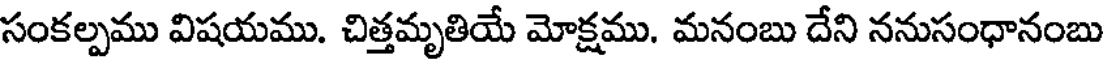
సంకల్పము విషయము. చిత్తమృతియే మోక్షము. మనంబు దేని ననుసంధానంబు